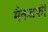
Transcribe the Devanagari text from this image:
मैकडफी